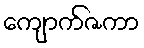
ကျောက်ဇကာ